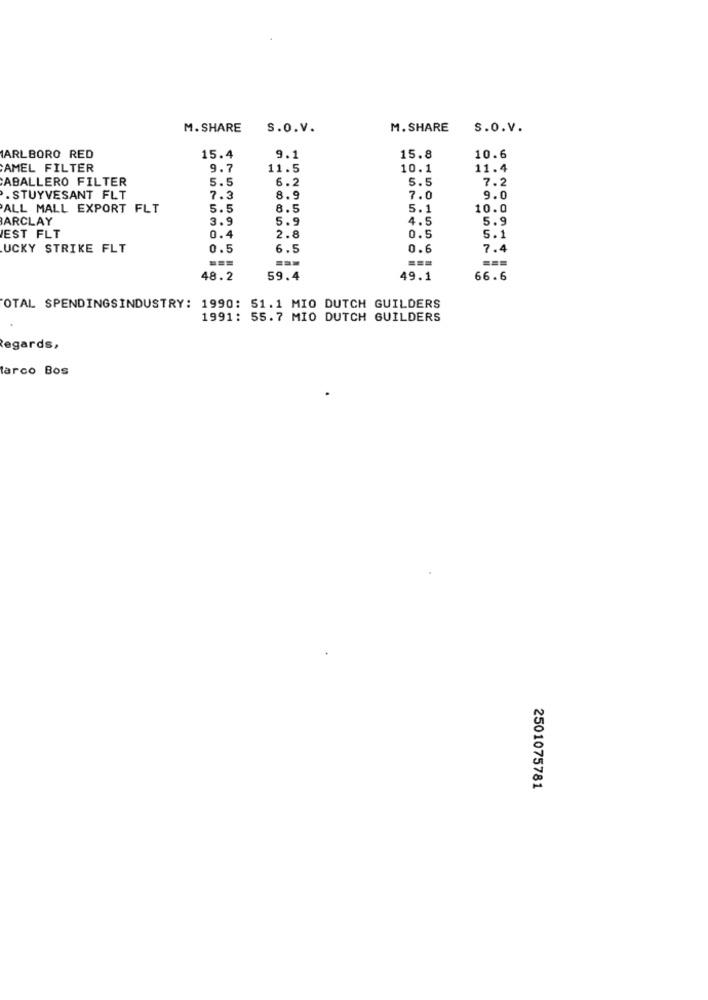
M. SHARE
S.o.v.
M. SHARE
s.o.v.
MARLBORO RED
15.4
9.1
15.8
10.6
AMEL FILTER
9.7
11.5
10.1
11.4
ABALLERO FILTER
5.5
6.2
5.5
7.2
. STUYVESANT FLT
7.3
8.9
7.0
9.0
PALL MALL EXPORT FLT
5.5
8.5
5.1
10.0
BARCLAY
3.9
5.9
4.5
5.9
EST FLT
0.4
2.8
0.5
5.1
UCKY STRIKE FLT
0.5
6.5
0.6
7.4
===
48.2
59.4
49.1
66.6
OTAL SPENDINGSINDUSTRY: 1990: 51.1 MIO DUTCH GUILDERS
1991: 55.7 MIO DUTCH BUILDERS
Regards,
tarco Bos
2501075781